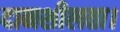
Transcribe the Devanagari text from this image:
दानशीलता।